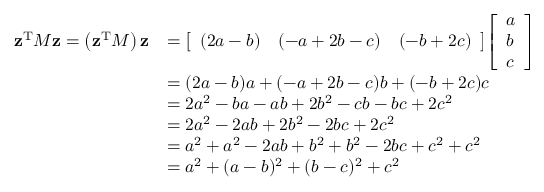
{ \begin{array} { r l } { \mathbf { z } ^ { \operatorname { T } } M \mathbf { z } = \left( \mathbf { z } ^ { \operatorname { T } } M \right) \mathbf { z } } & { = { \left[ \begin{array} { l l l } { ( 2 a - b ) } & { ( - a + 2 b - c ) } & { ( - b + 2 c ) } \end{array} \right] } { \left[ \begin{array} { l } { a } \\ { b } \\ { c } \end{array} \right] } } \\ & { = ( 2 a - b ) a + ( - a + 2 b - c ) b + ( - b + 2 c ) c } \\ & { = 2 a ^ { 2 } - b a - a b + 2 b ^ { 2 } - c b - b c + 2 c ^ { 2 } } \\ & { = 2 a ^ { 2 } - 2 a b + 2 b ^ { 2 } - 2 b c + 2 c ^ { 2 } } \\ & { = a ^ { 2 } + a ^ { 2 } - 2 a b + b ^ { 2 } + b ^ { 2 } - 2 b c + c ^ { 2 } + c ^ { 2 } } \\ & { = a ^ { 2 } + ( a - b ) ^ { 2 } + ( b - c ) ^ { 2 } + c ^ { 2 } } \end{array} }